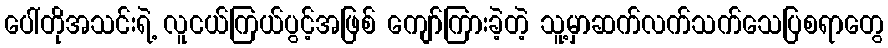
ပေါ်တိုအသင်းရဲ့ လူငယ်ကြယ်ပွင့်အဖြစ် ကျော်ကြားခဲ့တဲ့ သူ့မှာဆက်လက်သက်သေပြစရာတွေ